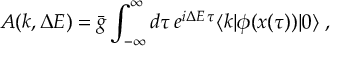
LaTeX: A ( k , \Delta E ) = \bar { g } \int _ { - \infty } ^ { \infty } d \tau \, e ^ { i \Delta E \, \tau } \langle k | \phi ( x ( \tau ) ) | 0 \rangle \; ,